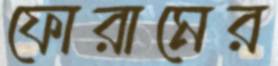
ফোরামের